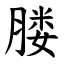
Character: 𦝼